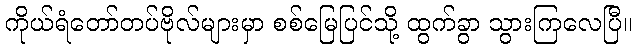
ကိုယ်ရံတော်တပ်ဗိုလ်များမှာ စစ်မြေပြင်သို့ ထွက်ခွာ သွားကြလေပြီ။